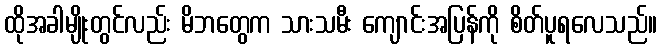
ထိုအခါမျိုးတွင်လည်း မိဘတွေက သားသမီး ကျောင်းအပြန်ကို စိတ်ပူရလေသည်။